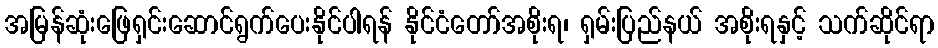
အမြန်ဆုံးဖြေရှင်းဆောင်ရွက်ပေးနိုင်ပါရန် နိုင်ငံတော်အစိုးရ၊ ရှမ်းပြည်နယ် အစိုးရနှင့် သက်ဆိုင်ရာ